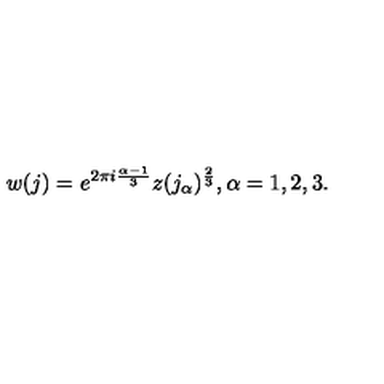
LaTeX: w ( j ) = e ^ { 2 \pi i \frac { \alpha - 1 } { 3 } } z ( j _ { \alpha } ) ^ { \frac { 2 } { 3 } } , \alpha = 1 , 2 , 3 .